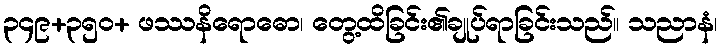
၃၄၉+၃၅၀+ ဖဿနိရောဓော၊ တွေ့ထိခြင်း၏ချုပ်ရာခြင်းသည်။ သညာနံ၊